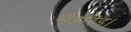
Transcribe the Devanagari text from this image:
मैडरिड।